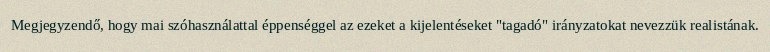
Megjegyzendő, hogy mai szóhasználattal éppenséggel az ezeket a kijelentéseket "tagadó" irányzatokat nevezzük realistának.